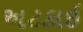
અટકાઈ